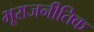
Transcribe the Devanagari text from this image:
भूराजनीतिक